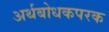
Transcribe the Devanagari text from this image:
अर्थबोधकपरक